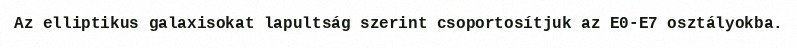
Az elliptikus galaxisokat lapultság szerint csoportosítjuk az E0-E7 osztályokba.